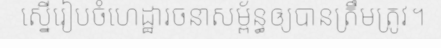
ស្នើរៀបចំហេដ្ឋារចនាសម្ព័ន្ធឲ្យបានត្រឹមត្រូវ។